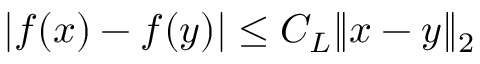
\left| f ( x ) - f ( y ) \right| \le C _ { L } \| x - y \| _ { 2 }